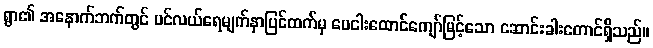
ရွာ၏ အနောက်ဘက်တွင် ပင်လယ်ရေမျက်နှာပြင်ထက်မှ ပေငါးထောင်ကျော်မြင့်သော ဆောင်းခါးတောင်ရှိသည်။